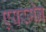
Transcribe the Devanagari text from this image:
एयरमेन